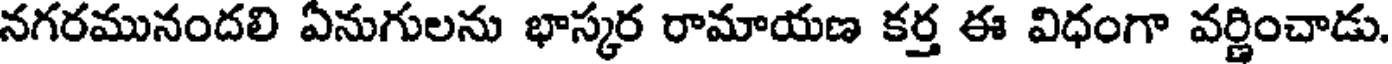
నగరమునందలి ఏనుగులను భాస్కర రామాయణ కర్త ఈ విధంగా వర్ణించాడు.